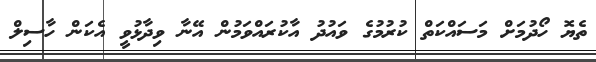
ތެޔޮ ހޯދުމަށް މަސައްކަތް ކުރުމުގެ ވައުދު އާކުރައްވަމުން އޭނާ ވިދާޅުވީ އެކަން ހާސިލް